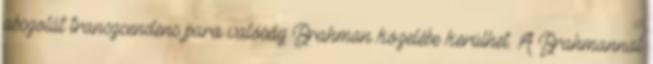
abszolút transzcendens para valóság Brahman közelébe kerülhet. A Brahmannal